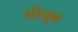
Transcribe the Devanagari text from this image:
सीसुब